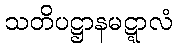
သတိပဋ္ဌာနမဋ္ဋာလံ